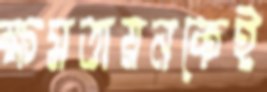
ক্ষমতায়নকেই